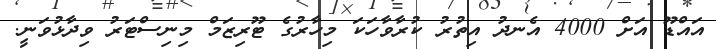
އައްޑޫ އަށް 4000 އެނދު އިތުރު ކުރާވާހަކަ މިހާރުގެ ޓޫރިޒަމް މިނިސްޓަރު ވިދާޅުވަނީ.